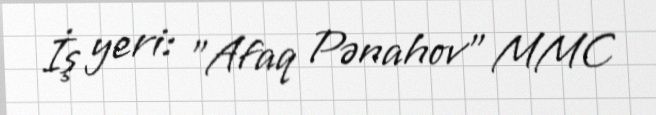
İş yeri: "Afaq Pənahov" MMC